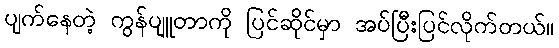
ပျက်နေတဲ့ ကွန်ပျူတာကို ပြင်ဆိုင်မှာ အပ်ပြီးပြင်လိုက်တယ်။